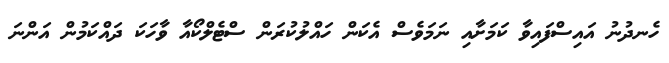
ހެނދުނު އައިސްފައިވާ ކަމަށާއި ނަމަވެސް އެކަން ހައްލުކުރަން ސްޓެލްކޯއާ ވާހަކަ ދައްކަމުން އަންނަ